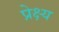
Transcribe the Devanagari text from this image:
प्रेक्ष्य